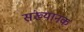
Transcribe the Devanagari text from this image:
संख्यानक